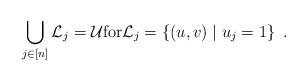
LaTeX: \begin{align*}\bigcup_{j \in [n]} \mathcal{L}_j = \mathcal{U} \mbox{for} \mathcal{L}_j = \{(u,v) \mid u_j = 1\} \enspace .\end{align*}